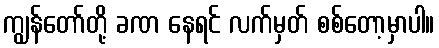
ကျွန်တော်တို့ ခဏ နေရင် လက်မှတ် စစ်တော့မှာပါ။